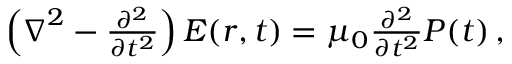
\begin{array} { r } { \left( \boldsymbol { \nabla } ^ { 2 } - \frac { \partial ^ { 2 } } { \partial t ^ { 2 } } \right) \boldsymbol { E } ( \boldsymbol { r } , t ) = \mu _ { 0 } \frac { \partial ^ { 2 } } { \partial t ^ { 2 } } \boldsymbol { P } ( t ) \, , } \end{array}